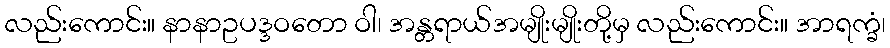
လည်းကောင်း။ နာနာဥပဒ္ဒဝတော ဝါ၊ အန္တရာယ်အမျိုးမျိုးတို့မှ လည်းကောင်း။ အာရက္ခံ၊